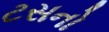
ટસનો